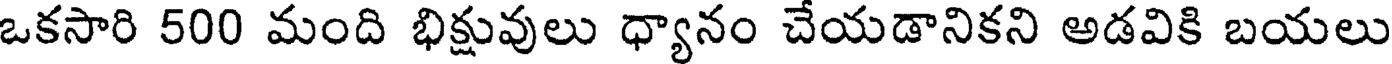
ఒకసారి 500 మంది భిక్షువులు ధ్యానం చేయడానికని అడవికి బయలు